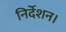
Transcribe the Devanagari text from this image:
निर्देशन।